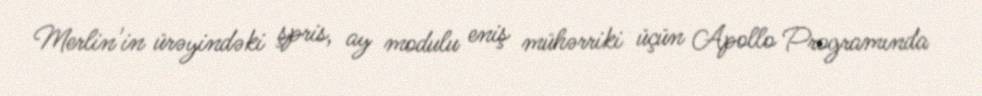
Merlin'in ürəyindəki şpris, ay modulu eniş mühərriki üçün Apollo Programında